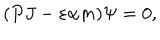
( P J - \varepsilon \alpha m ) \Psi = 0 ,